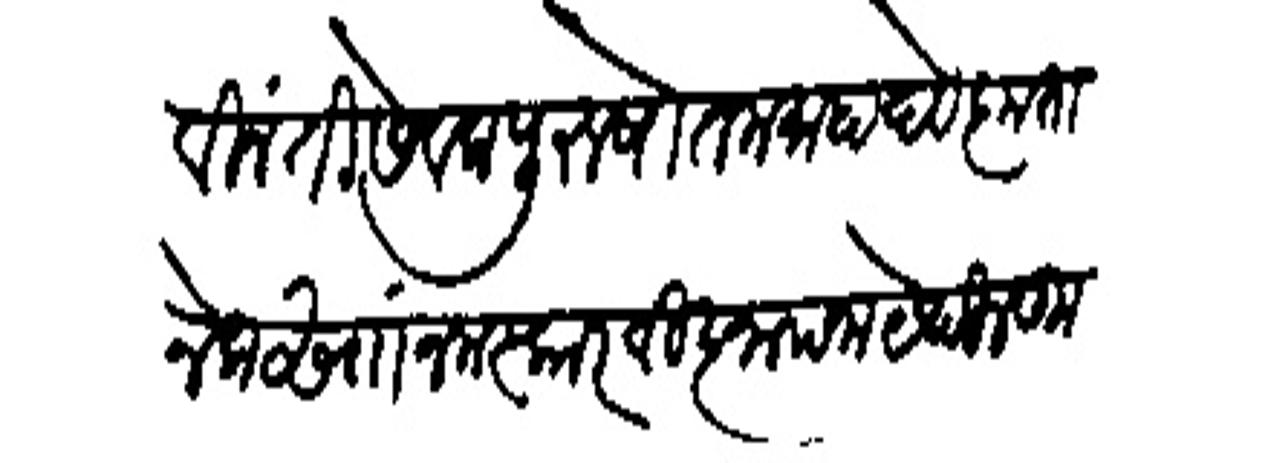
Transliteration (Devanagari): विनंती सेवक पुरुषोत्तम माहादेव कृतानेक साा नमस्कार विज्ञापना येथील कुशाल